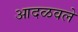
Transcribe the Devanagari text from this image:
आदळवले